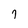
Character: 7